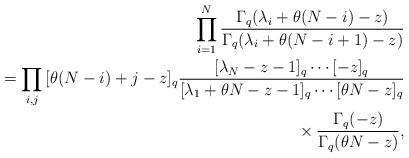
LaTeX: \begin{align*}\prod_{i=1}^N{\frac{\Gamma_q(\lambda_i + \theta(N - i) - z)}{\Gamma_q(\lambda_i + \theta(N - i + 1) - z) }} \\\qquad{} = \prod_{i, j}{ [\theta (N - i) + j - z]_q }\frac{[\lambda_N - z - 1]_q\cdots [-z]_q}{[\lambda_1 + \theta N - z - 1]_q\cdots [\theta N - z]_q}\\\qquad\quad{} \times\frac{\Gamma_q(-z)}{\Gamma_q(\theta N - z)},\end{align*}